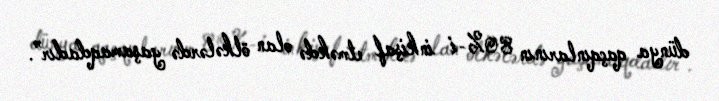
dünya qaçqınlarının 80%-i inkişaf etməkdə olan ölkələrdə yaşamaqdadır”.